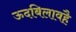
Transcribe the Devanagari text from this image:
ऊदबिलावहै